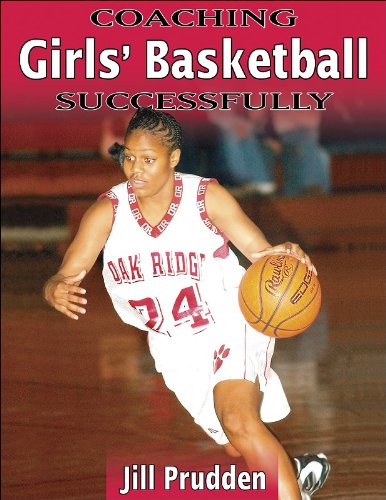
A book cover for Coaching Girls' Basketball Successfully (Coaching Successfully Series); Jill Prudden; Sports & Outdoors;